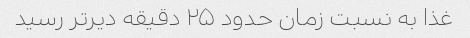
غذا به نسبت زمان حدود ۲۵ دقیقه دیرتر رسید